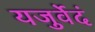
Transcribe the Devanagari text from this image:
यजुर्वेदं